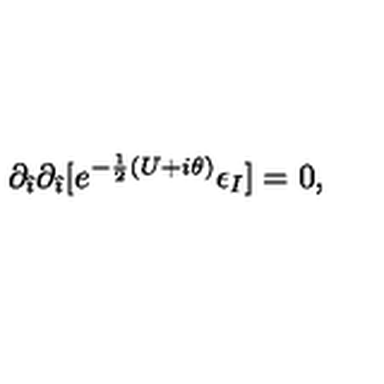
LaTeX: \partial _ { \hat { \imath } } \partial _ { \hat { \imath } } [ e ^ { - \frac { 1 } { 2 } ( U + i \theta ) } \epsilon _ { I } ] = 0 ,